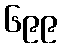
၆၉၉